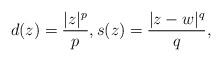
LaTeX: \begin{align*}d(z)=\frac{|z|^{p}}{p}, s(z)= \frac{|z-w|^{q}}{q},\end{align*}